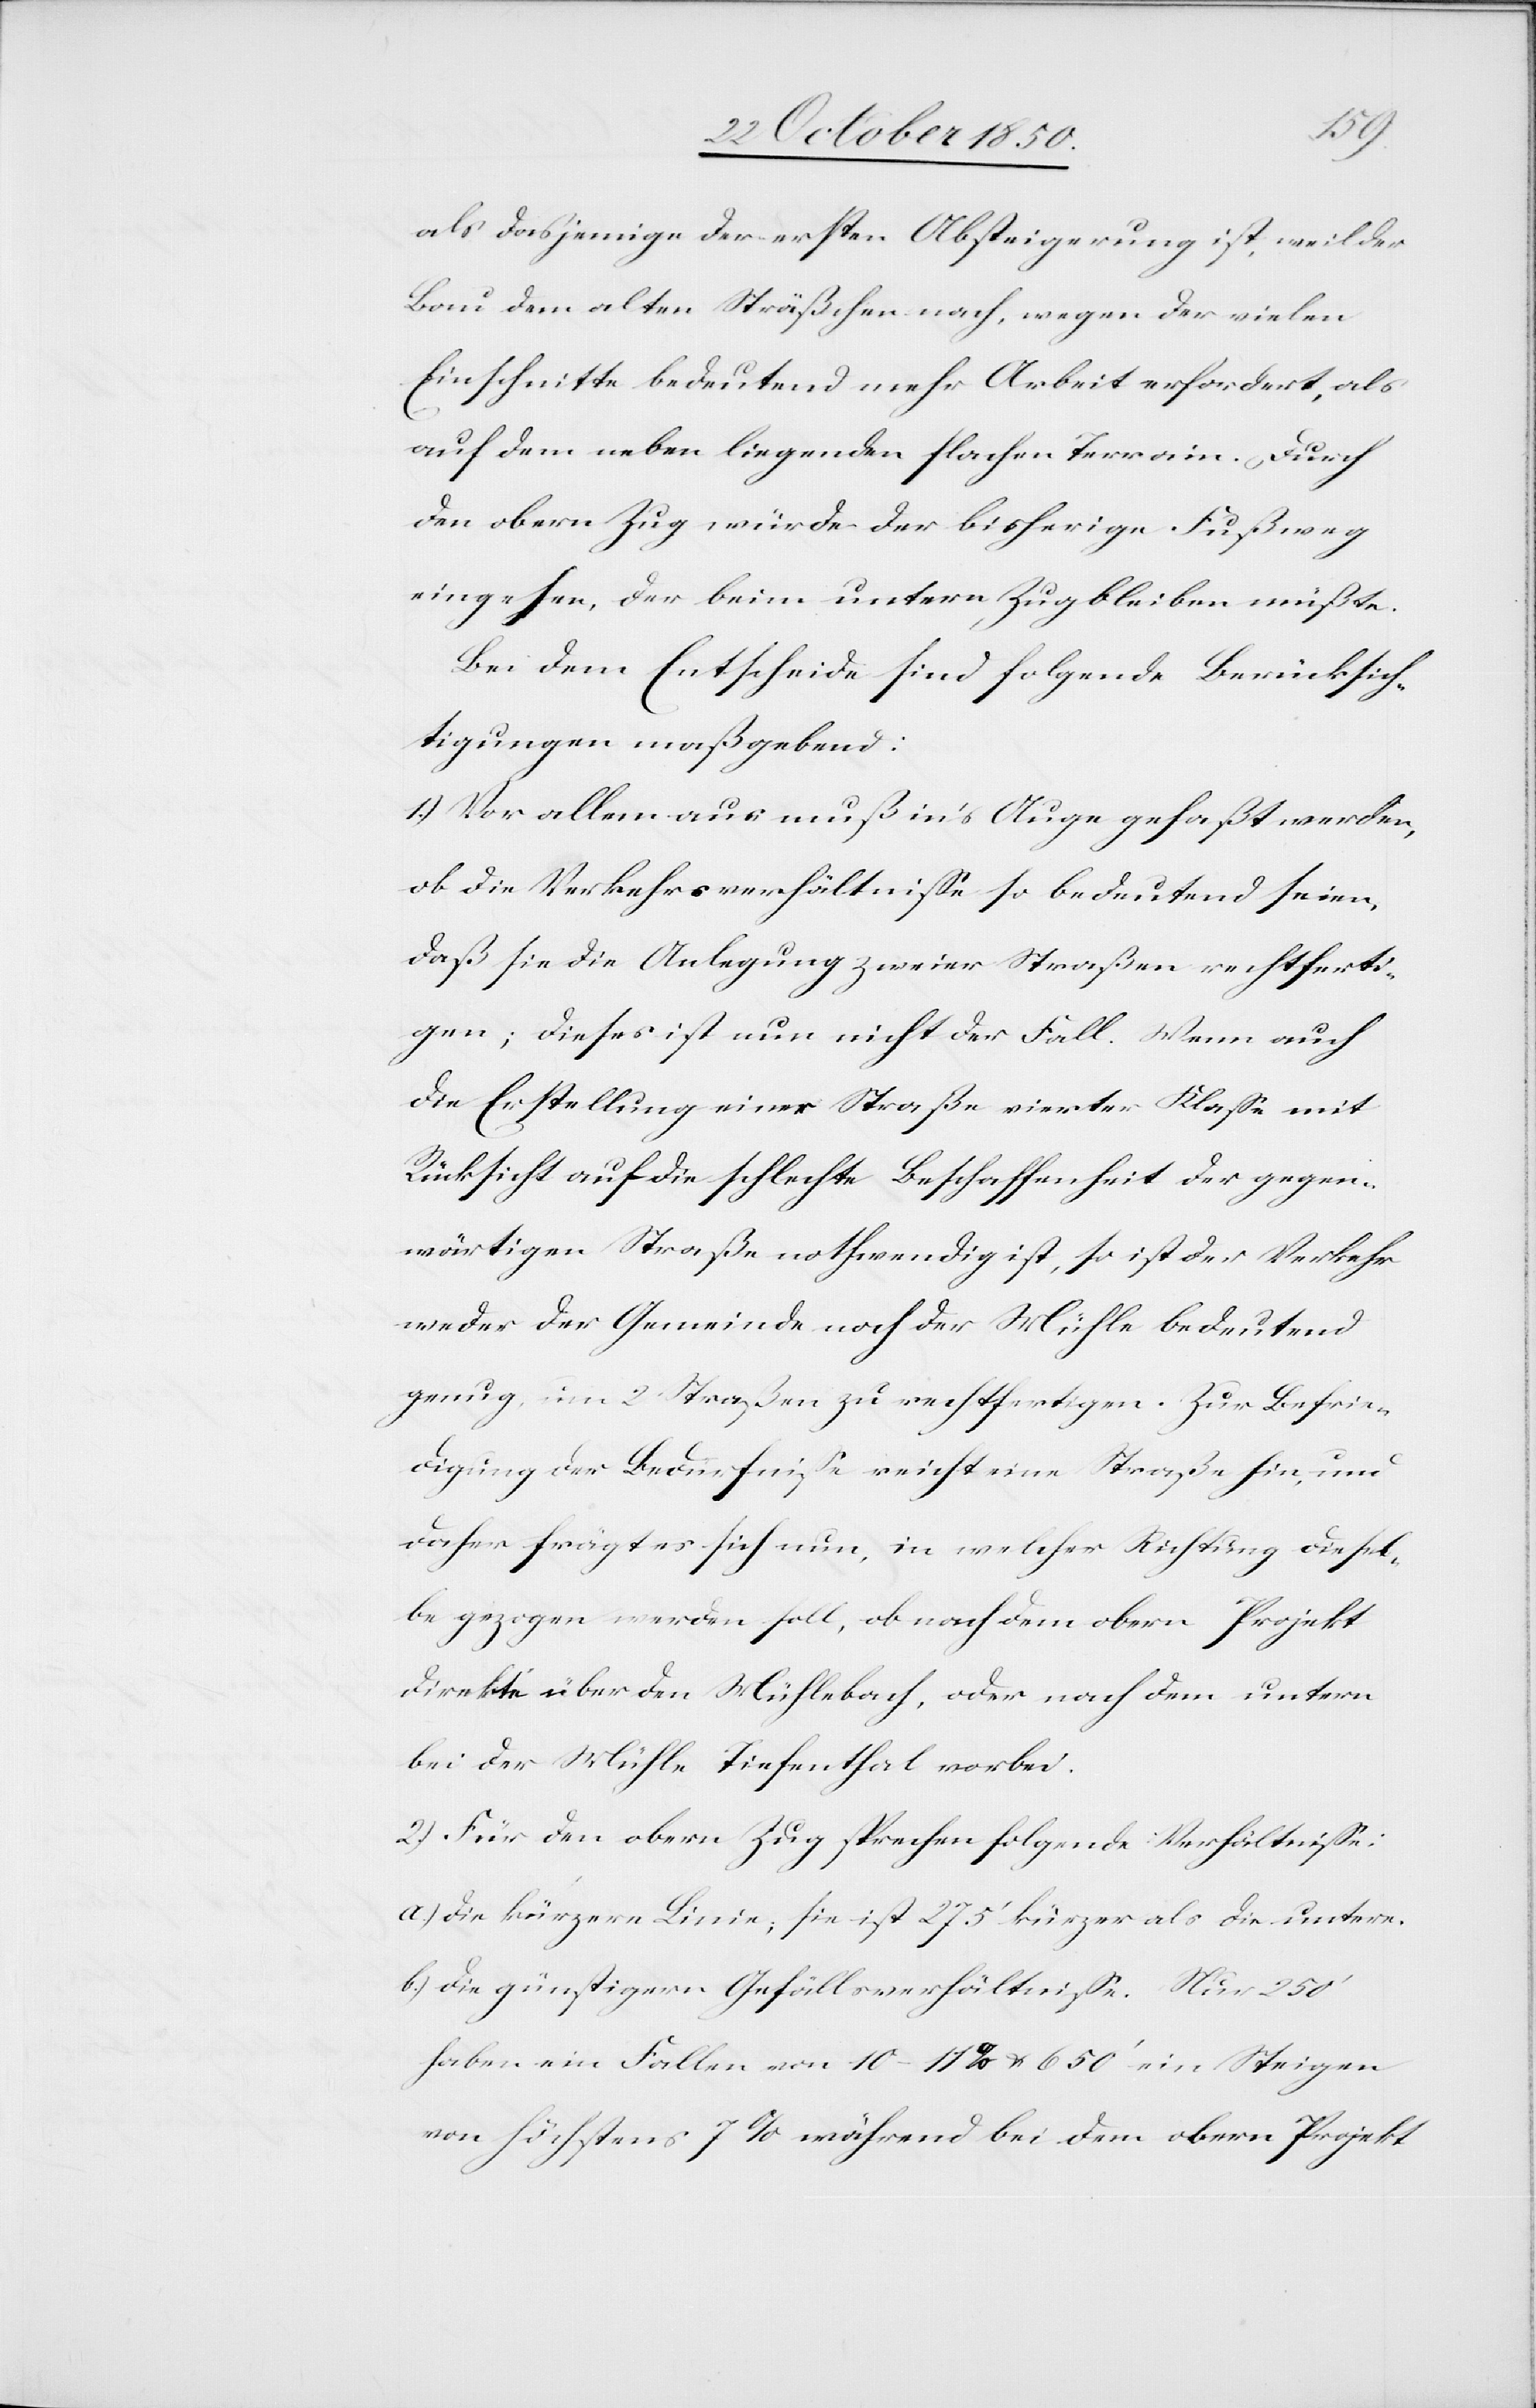
als dasjenige der ersten Absteigerung ist, weil der
Bau dem alten Sträßchen nach, wegen der vielen
Einschnitte bedeutend mehr Arbeit erfordert, als
auf dem neben liegenden flachen Terrain. Durch
den obern Zug, würde der bisherige Fußweg
eingehen, der beim untern Zug bleiben müßte.
Bei dem Entscheide sind folgende Berücksich¬
tigungen maßgebend:
1.) Vor allem aus muß in’s Auge gefaßt werden,
ob die Verkehrsverhältnisse so bedeutend seien,
daß sie die Anlegung zweier Straßen rechtferti¬
gen; dieses ist nun nicht der Fall. Wenn auch
die Erstellung einer Straße vierter Klasse mit
Rücksicht auf die schlechte Beschaffenheit der gegen¬
wärtigen Straße nothwendig ist, so ist der Verkehr
weder der Gemeinde noch der Mühle bedeutend
genug, um 2 Straßen zu rechtfertigen. Zur Befrie¬
digung der Bedürfnisse reicht eine Straße hin, und
daher frägt es sich nun, in welcher Richtung diesel¬
be gezogen werden soll, ob nach dem obern Projekt
direkte über den Mühlebach, oder nach dem unterm
bei der Mühle Tiefenthal vorbei.
2.) Für den obern Zug sprechen folgende Verhältnisse:
a.) Die kürzere Linie; sie ist 275‘ kürzer als die untere.
b.) die günstigern Gefällsverhältnisse. Nur 250‘
haben ein Fallen von 10–11 % u. 650‘ ein Steigen
von höchstens 7 % während bei dem obern Projekt